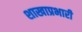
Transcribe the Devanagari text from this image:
शाखाप्रभारी